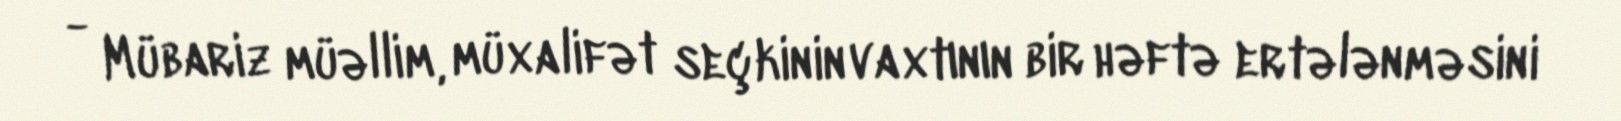
- Mübariz müəllim, müxalifət seçkinin vaxtının bir həftə ertələnməsini